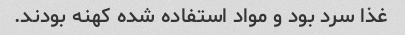
غذا سرد بود و مواد استفاده شده کهنه بودند.